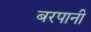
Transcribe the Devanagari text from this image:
बरपानी